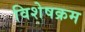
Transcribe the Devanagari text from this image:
विशेषक्रम